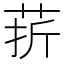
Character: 䓆